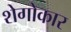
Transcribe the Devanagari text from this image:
शेगोकार